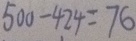
5 0 0 - 4 2 4 = 7 6